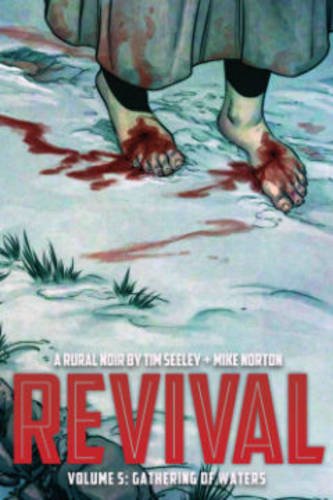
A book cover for Revival Volume 5: Gathering of Waters (Revival Tp); Tim Seeley; Comics & Graphic Novels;